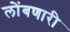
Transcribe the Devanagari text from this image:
लोंबणारी